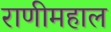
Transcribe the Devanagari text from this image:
राणीमहाल